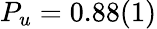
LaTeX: P_{u}=0.88(1)